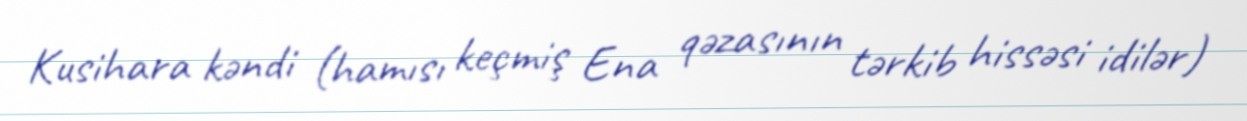
Kusihara kəndi (hamısı keçmiş Ena qəzasının tərkib hissəsi idilər)